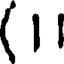
(1